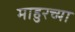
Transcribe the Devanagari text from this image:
माहुरच्या